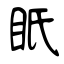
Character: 眂